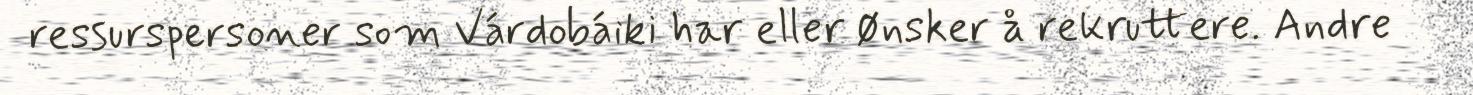
ressurspersoner som Várdobáiki har eller ønsker å rekruttere. Andre